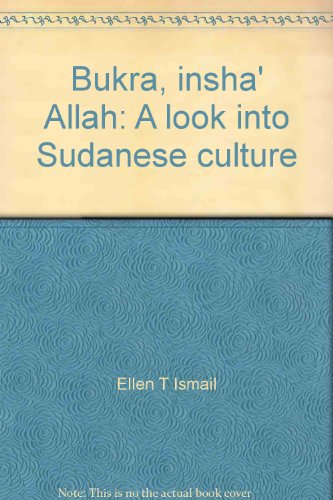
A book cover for Bukra, insha' Allah: A look into Sudanese culture; Ellen T Ismail; Travel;